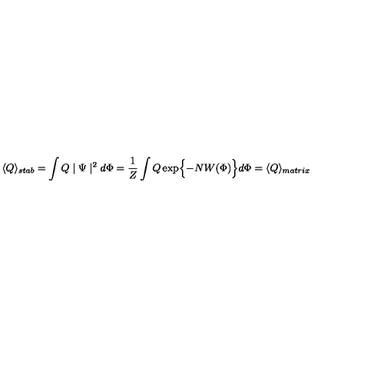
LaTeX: \langle Q \rangle _ { s t a b } = \int Q \mid \Psi \mid ^ { 2 } d \Phi = \frac { 1 } { Z } \int Q \exp \Bigl \{ - N W ( \Phi ) \Bigr \} d \Phi = \langle Q \rangle _ { m a t r i x }